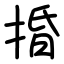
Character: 捪